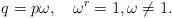
LaTeX: \begin{align*}q=p\omega, \mbox{\hspace{4mm}} \omega^r=1, \omega\neq1.\end{align*}